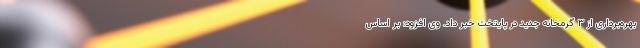
بهره‌برداری از ۳ گرمخانه جدید در پایتخت خبر داد. وی افزود: بر اساس